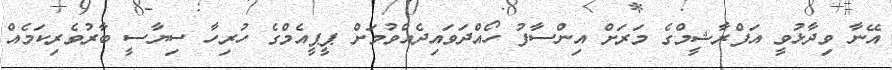
އޭނާ ވިދާޅުވީ އަފްރާޝީމްގެ މަރަށް އިންސާފު ހޯއްދަވައިދެއްވުމަށް ޕީޕީއެމްގެ ހުރިހާ ސިޔާސީ ބާރުވެރިކަމެއް